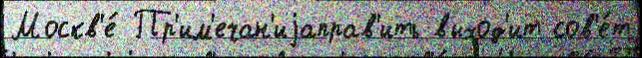
Москв'е́ Пр'им'ечан'иjаправ'ить выход'ит сов'е́т